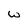
Character: w